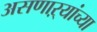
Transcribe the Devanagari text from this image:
असणाऱ्यांच्या